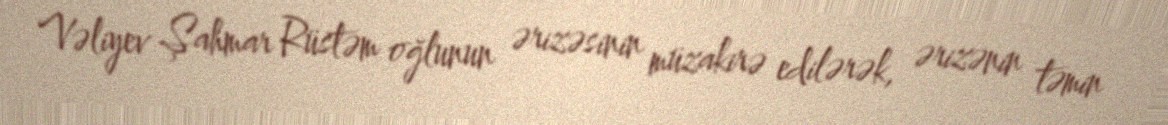
Vəliyev Şahmar Rüstəm oğlunun ərizəsinin müzakirə edilərək, ərizənin təmin